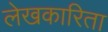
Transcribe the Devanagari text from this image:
लेखकारिता